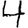
Digit: 4